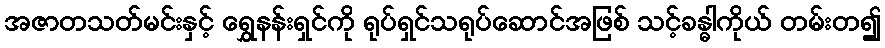
အဇာတသတ်မင်းနှင့် ရွှေနန်းရှင်ကို ရုပ်ရှင်သရုပ်ဆောင်အဖြစ် သင့်ခန္ဓါကိုယ် တမ်းတ၍